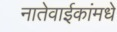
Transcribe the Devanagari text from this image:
नातेवाईकांमधे